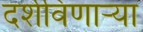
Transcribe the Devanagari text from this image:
दर्शविणार्‍या